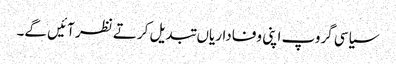
سیاسی گروپ اپنی وفاداریاں تبدیل کرتے نظر آئیں گے۔